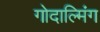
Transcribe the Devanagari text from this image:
गोदाल्मिंग